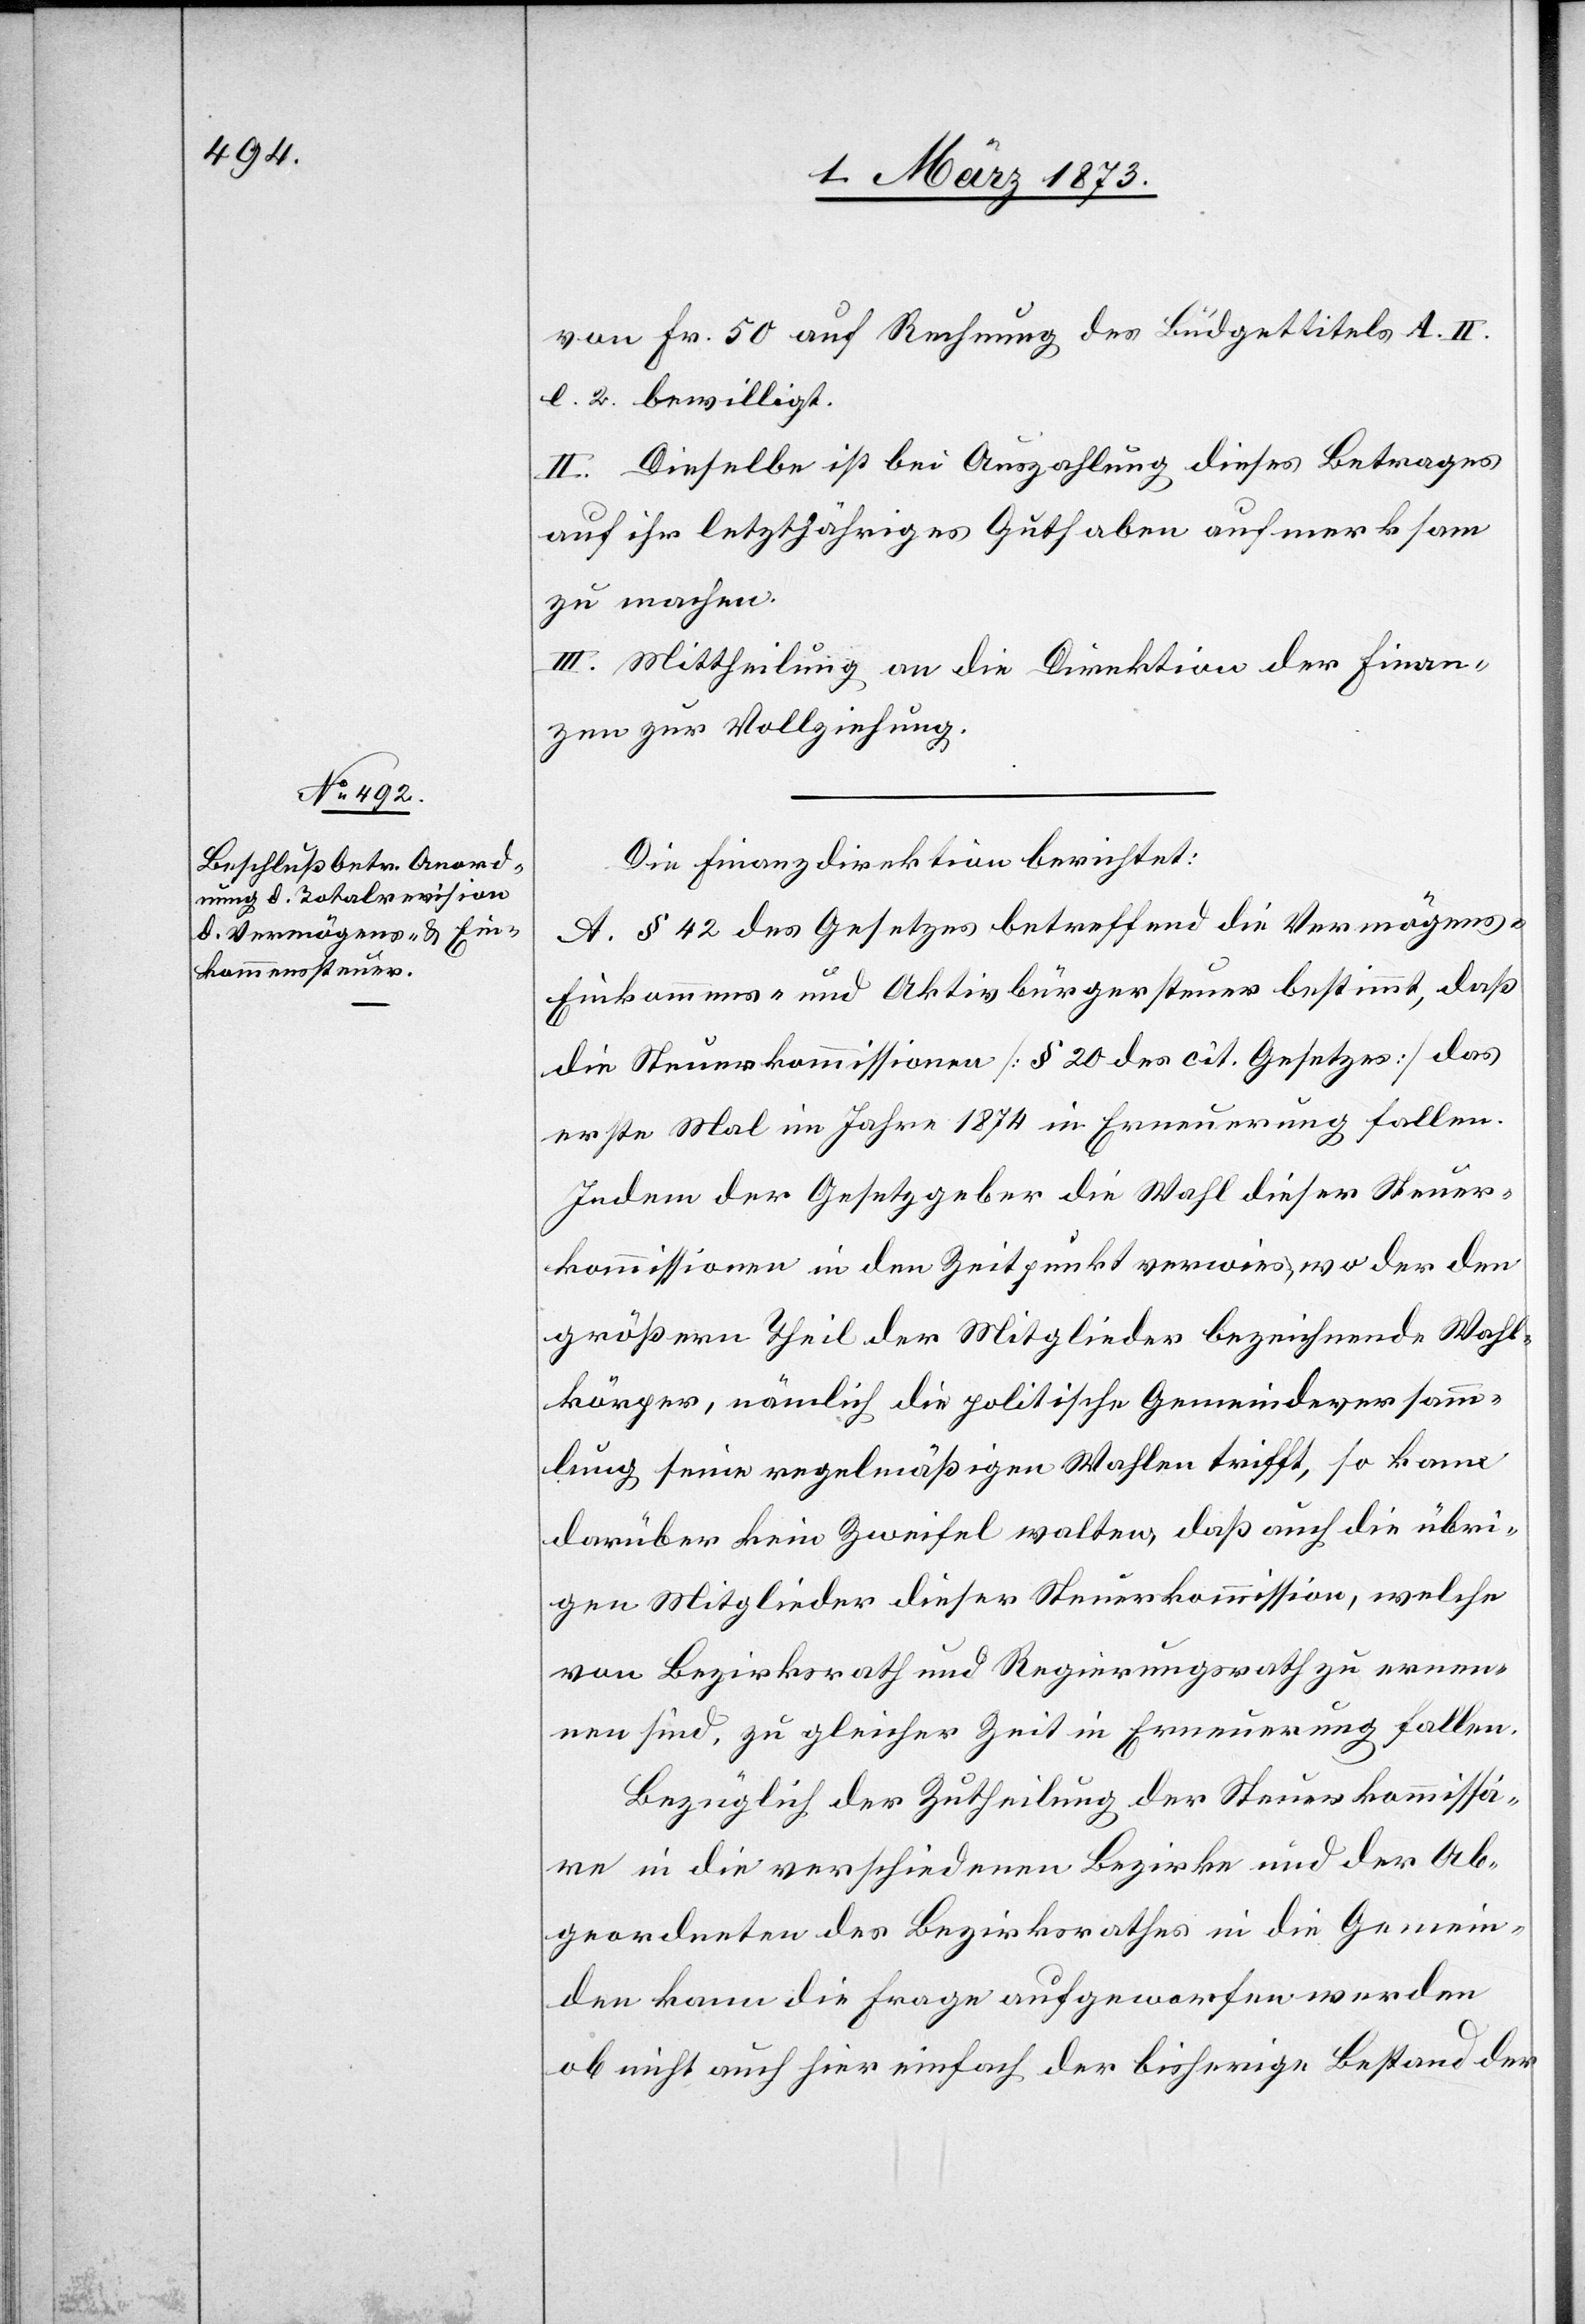
Fr. 50 auf Rechnung des Budgettitels A. II.
l. 2. bewilligt.
II. Dieselbe ist bei Auszahlung dieses Betrages
auf ihr letztjähriges Guthaben aufmerksam
zu machen.
III. Mittheilung an die Direktion der Finan¬
zen zur Vollziehung.
Die Finanzdirektion berichtet:
A. § 42 des Gesetzes betreffend die Vermögens-[,]
Einkommens- und Aktivbürgersteuer bestimmt, daß
die Steuerkommissionen [§ 20 des cit. Gesetzes] das
erste Mal im Jahre 1874 in Erneuerung fallen.
Indem der Gesetzgeber die Wahl dieser Steuer¬
kommissionen in den Zeitpunkt verwies, wo der den
größern Theil der Mitglieder bezeichnende Wahl¬
körper, nämlich die politische Gemeindeversamm¬
lung seine regelmäßigen Wahlen trifft, so kann
darüber kein Zweifel walten, daß auch die übri¬
gen Mitglieder dieser Steuerkommission, welche
von Bezirksrath und Regierungsrath zu ernen¬
nen sind, zu gleicher Zeit in Erneuerung fallen.
Bezüglich der Zutheilung der Steuerkommissä¬
re in die verschiedenen Bezirke und der Ab¬
geordneten des Bezirksrathes in die Gemein¬
den kann die Frage aufgeworfen werden[,]
ob nicht auch hier einfach der bisherige Bestand der